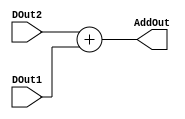
module adder(input [7:0] DOut1,
	     input [7:0] DOut2,
             output reg [7:0] AddOut);

always @(DOut1,DOut2)
 begin	
  AddOut= DOut2+DOut1;
 end

endmodule